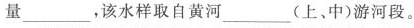
量\underline，该水样取自黄河\underline(上、中)游河段。